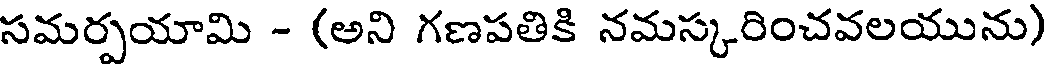
సమర్పయామి - (అని గణపతికి నమస్కరించవలయును)